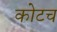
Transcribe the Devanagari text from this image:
कोटच